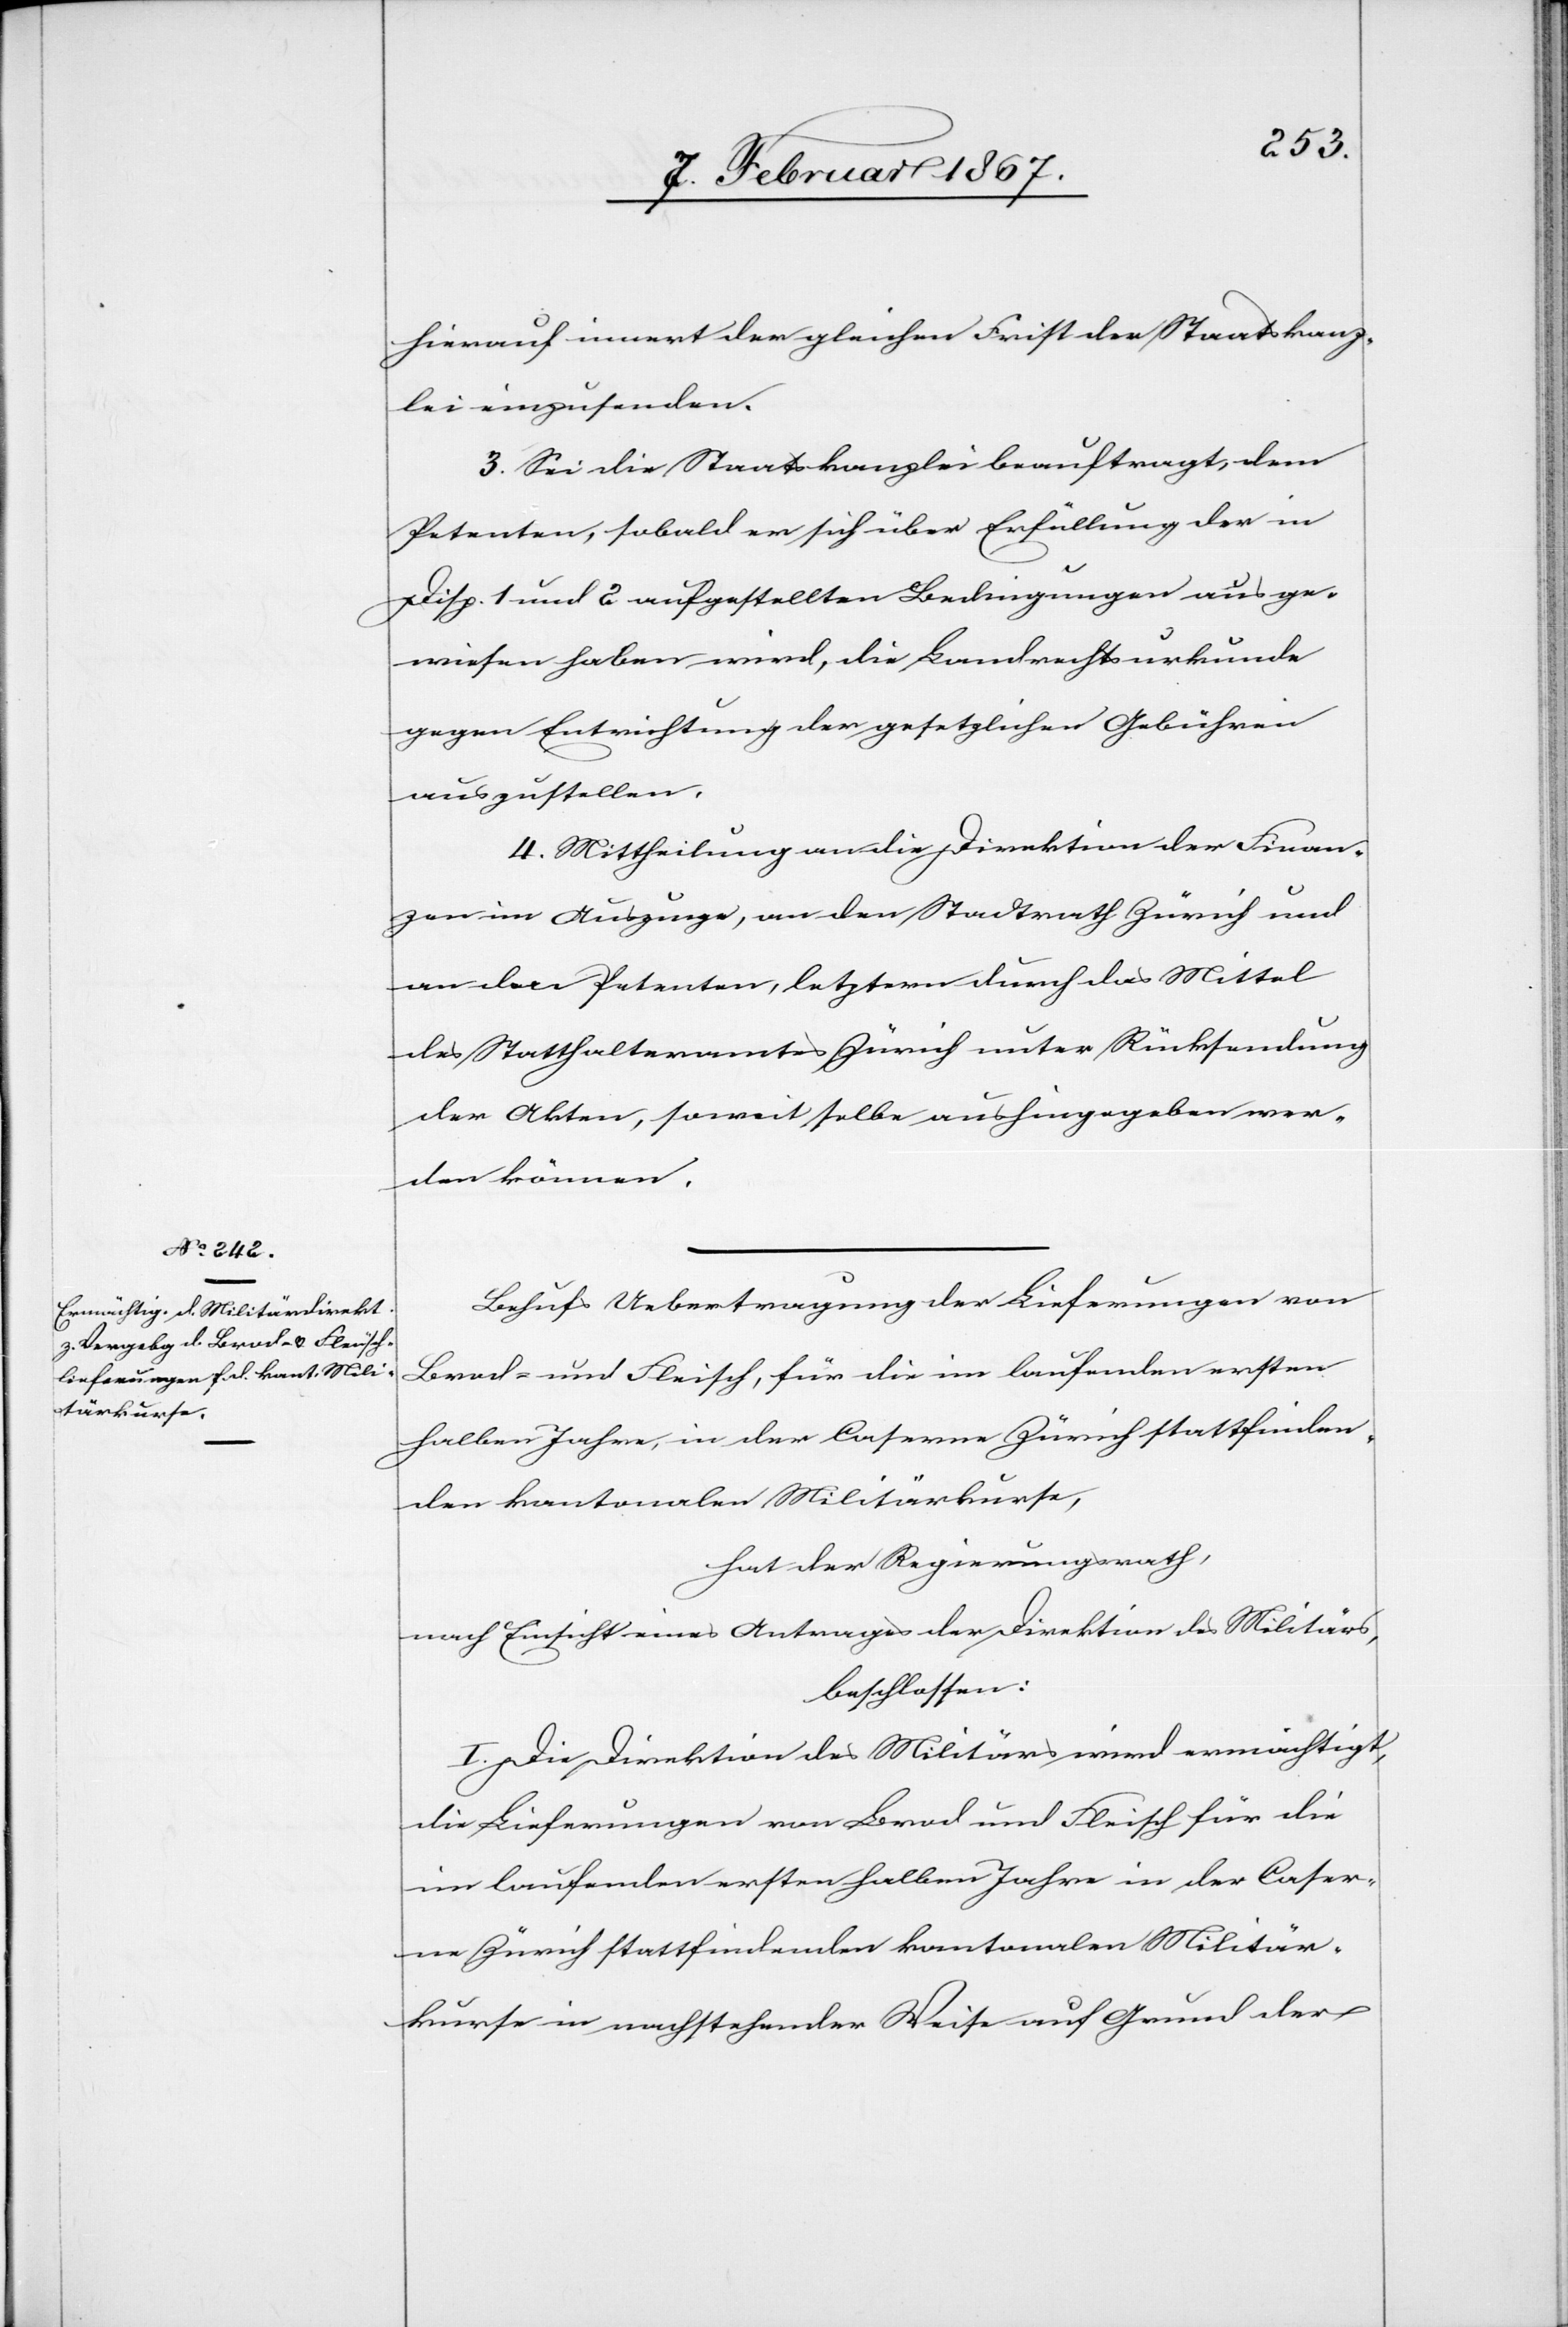
hierauf innert der gleichen Frist der Staatskanz¬
lei einzusenden.
3. Sei die Staatskanzlei beauftragt, dem
Petenten, sobald er sich über Erfüllung der in
Disp. 1 und 2 aufgestellten Bedingungen ausge¬
wiesen haben wird, die Landrechtsurkunde
gegen Entrichtung der gesetzlichen Gebühren
auszustellen.
4. Mittheilung an die Direktion der Finan¬
zen im Auszuge, an den Stadtrath Zürich und
an den Petenten, letztern durch das Mittel
des Statthalteramtes Zürich unter Rücksendung
der Akten, soweit selbe aushingegeben wer¬
den können.
Behufs Uebertragung der Lieferungen von
Brod- und Fleisch, für die im laufenden ersten
halben Jahre, in der Caserne Zürich stattfinden¬
den kantonalen Militärkurse,
hat der Regierungsrath,
nach Einsicht eines Antrages der Direktion des Militärs,
beschlossen:
I. Die Direktion des Militärs wird ermächtigt,
die Lieferungen von Brod und Fleisch für die
im laufenden ersten halben Jahre in der Caser¬
ne Zürich stattfindenden kantonalen Militär¬
kurse in nachstehender Weise auf Grund der